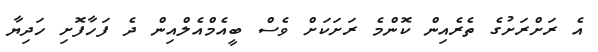
އެ ރަށްރަށުގެ ތެރެއިން ކޮންމެ ރަށަކަށް ވެސް ބީއެމްއެލްއިން ދެ ފަހާފޮށި ހަދިޔާ